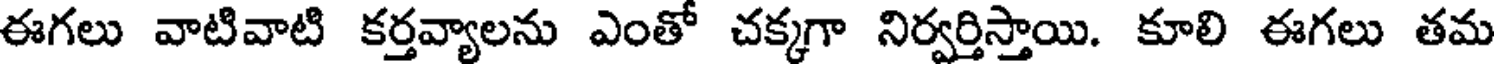
ఈగలు వాటివాటి కర్తవ్యాలను ఎంతో చక్కగా నిర్వర్తిస్తాయి. కూలి ఈగలు తమ